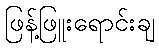
ဖြန့်ဖြူးရောင်းချ